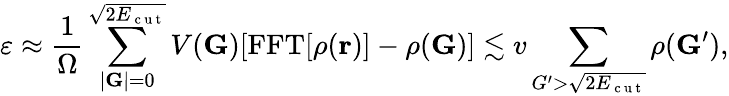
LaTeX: \varepsilon\approx\frac{1}{\Omega}\sum_{|\mathbf{G}|=0}^{\sqrt{2E_{\mathrm{~c~u~t~}}}}V(\mathbf{G})[\mathrm{FFT}[\rho(\mathbf{r})]-\rho(\mathbf{G})]\lesssim v\sum_{G^{\prime}>\sqrt{2E_{\mathrm{~c~u~t~}}}}\rho(\mathbf{G}^{\prime}),